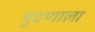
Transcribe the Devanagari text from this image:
मुद्रणाला